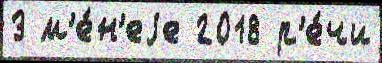
3 м'е́н'еjе 2018 р'е́чи